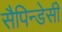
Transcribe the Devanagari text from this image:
सैपिन्डेसी